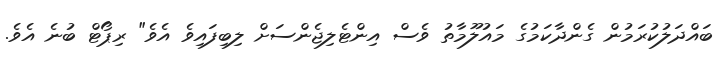
ބައްދަލުކުރަމުން ގެންދާކަމުގެ މައުލޫމާތު ވެސް އިންޓެލިޖެންސަށް ލިބިފައިވެ އެވެ" ރިޕޯޓް ބުނެ އެވެ.